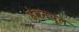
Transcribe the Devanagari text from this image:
हेवनपूल